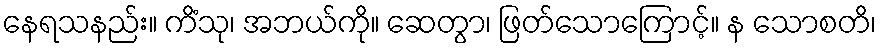
နေရသနည်း။ ကိံသု၊ အဘယ်ကို။ ဆေတွာ၊ ဖြတ်သောကြောင့်။ န သောစတိ၊